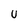
Character: U